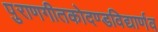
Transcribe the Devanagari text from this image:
पुराणगीतकोदण्डविद्यार्णव